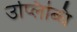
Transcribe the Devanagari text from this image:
उप्लिब्धि